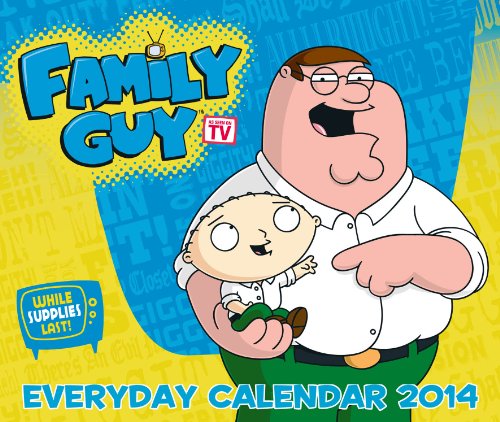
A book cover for Official Family Guy Desk Block 2014 Calendar; Calendars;